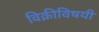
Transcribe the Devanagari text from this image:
विक्रीविषयी